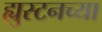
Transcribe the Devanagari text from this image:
ह्युस्टनच्या